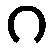
ဂ